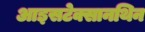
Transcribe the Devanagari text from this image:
आइसटेक्सानथिन